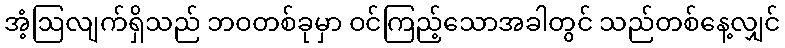
အံ့ဩလျက်ရှိသည် ဘဝတစ်ခုမှာ ဝင်ကြည့်သောအခါတွင် သည်တစ်နေ့လျှင်